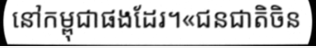
នៅកម្ពុជាផងដែរ។«ជនជាតិចិន